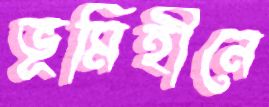
ভূমিহীনে